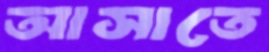
আসাতে